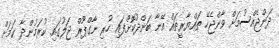
ދަންޖެއްސުމަށް ވާންޖެހޭ ތައްޔާރީތައް އޭނާ ބަންދުކޮށްފައި ހުރި ނާގްޕޫރް ޖަލުގައި ކުރަމުންދާ ކަމަށް